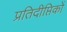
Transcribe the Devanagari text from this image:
प्रतिदीप्तिकों